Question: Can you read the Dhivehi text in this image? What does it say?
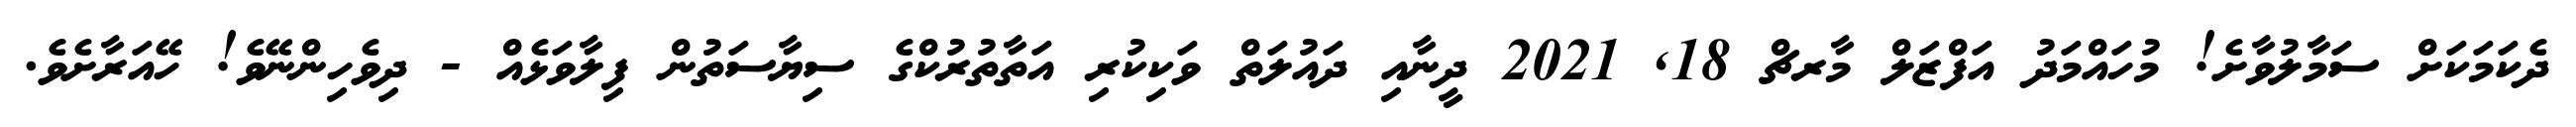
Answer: ދެކަމަކަށް ސަމާލުވާށެ! މުހައްމަދު އަފްޒަލް މާރޗް 18, 2021 ދީނާއި ދައުލަތް ވަކިކުރި އަތާތުރުކްގެ ސިޔާސަތުން ފިލާވަޅެއް - ދިވެހިންނޭވެ! ހޭއަރާށެވެ.